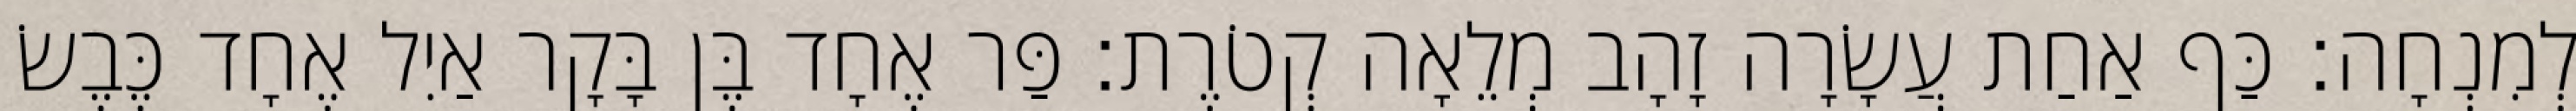
לְמִנְחָה׃ כַּף אַחַת עֲשָׂרָה זָהָב מְלֵאָה קְטֹרֶת׃ פַּר אֶחָד בֶּן בָּקָר אַיִל אֶחָד כֶּבֶשׂ